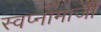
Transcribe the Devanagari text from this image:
स्वप्नामाजी